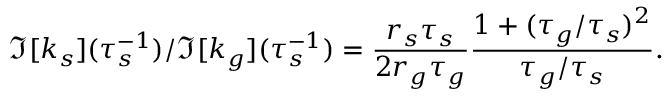
\Im [ k _ { s } ] ( \tau _ { s } ^ { - 1 } ) / \Im [ k _ { g } ] ( \tau _ { s } ^ { - 1 } ) = \frac { r _ { s } \tau _ { s } } { 2 r _ { g } \tau _ { g } } \frac { 1 + ( \tau _ { g } / \tau _ { s } ) ^ { 2 } } { \tau _ { g } / \tau _ { s } } .